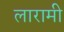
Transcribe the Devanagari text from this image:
लारामी